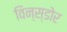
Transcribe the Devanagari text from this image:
विन्स्डोर